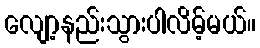
လျော့နည်းသွားပါလိမ့်မယ်။